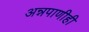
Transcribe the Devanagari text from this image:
अन्नपाणीही